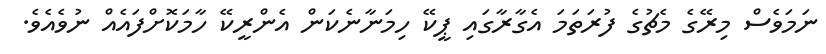
ނަމަވެސް މިރޭގެ މެޗުގެ ފުރަތަމަ އެގާރާގައި ޕީކޭ ހިމަނާނެކަން އެންރީކޭ ހާމަކޮށްފައެއް ނުވެއެވެ.